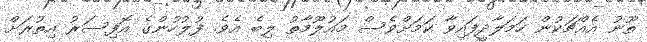
ތޫނު އެއްޗަކުން ހަމަލާދީފައިވާ ކަމަށްވެސް މައުލޫމާތު ލިބެ އެވެ. ފުލުހުންގެ އޮފިސަރު އިތުރަށް